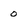
Character: 0